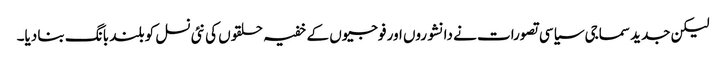
لیکن جدید سماجی سیاسی تصورات نے دانشوروں اور فوجیوں کے خفیہ حلقوں کی نئی نسل کو بلند بانگ بنا دیا۔